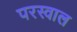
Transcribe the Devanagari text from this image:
परस्वाल